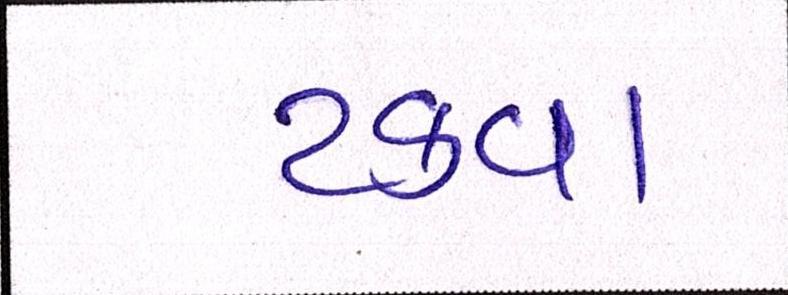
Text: ટકવા